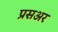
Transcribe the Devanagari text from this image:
प्रसअर